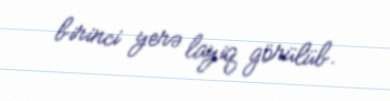
birinci yerə layiq görülüb.